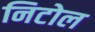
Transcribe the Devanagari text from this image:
निटोल